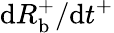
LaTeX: \mathrm dR_{\mathrm{b}}^{+}/\mathrm dt^{+}